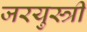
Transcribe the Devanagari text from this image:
जरयुस्त्री